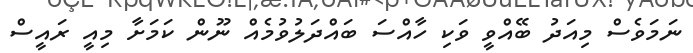
ނަމަވެސް މިއަދު ބޭއްވީ ވަކި ހާއްސަ ބައްދަލުވުމެއް ނޫން ކަމަށާ މިއީ ރައީސް